Annual report of the Punjab Veterinary College and of the Civil Veterinary Department, Punjab - 1894-1908
Year: 1894
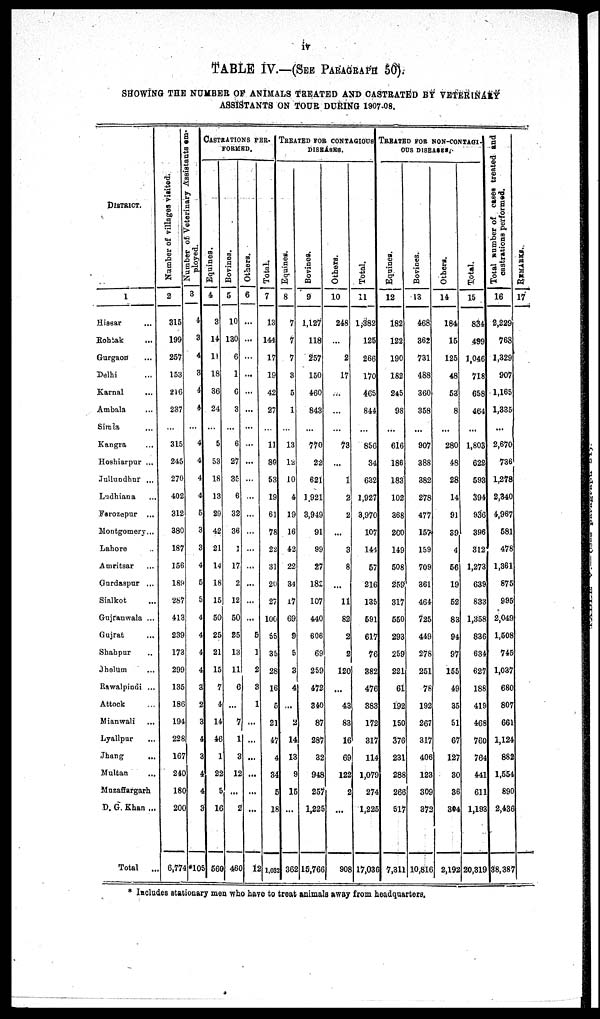
iv
TABLE IV.—(SEE PARAGRAPH 50).
SHOWING THE NUMBER OF ANIMALS TREATED AND CASTRATED BY VETERINARY
ASSISTANTS ON TOUR DURING 1907-08.
DISTRICT.
1
Hissar ...
Rohtak ...
Gurgaon ...
Delhi ...
Karnal ...
Ambala ...
Simla ...
Kangra ...
Hoshiarpur ...
Jullundhur ...
Ludhiana ...
Farozepur ...
Montgomery...
Lahore ...
Amritsar ...
Gurdaspur ...
Sialkot ...
Gujranwala ...
Gujrat ...
Shahpur ...
Jhelum ...
Rawalpindi ...
Attock ...
Mianwali ...
Lyallpur ...
Jhang ...
Multan ...
Muzaffargarh ...
D. G. Khan ...
Total
..
Number of villages visited.
2
315
199
257
153
216
237
...
315
245
270
402
312
380
187
156
189
287
413
239
173
299
135
186
194
228
167
240
18
200
6,774
Number of veterinary Assitants em-
ployed.
3
4
3
4
3
4
4
...
4
4
4
4
5
3
3
4
5
5
4
4
4
4
3
2
3
4
3
4
4
3
*105
CASTRATION
PER.
FORMED.
Equines.
4
3
14
11
18
36
24
...
5
53
18
13
29
42
21
14
18
15
50
25
21
15
7
4
14
46
1
22
5
16
5 56
Bovines.
5
10
130
6
1
6
3
...
6
27
35
6
32
36
...
17
2
12
50
25
13
11
6
...
7
1
3
12
...
2
460
Others.
6
...
...
...
...
...
...
...
...
...
...
...
...
...
...
...
...
...
...
5
1
2
3
1
...
...
...
...
...
...
12
Total.
7
13
144
17
19
42
27
...
11
80
53
19
61
78
22
31
20
27
100
65
35
28
16
5
21
47
4
34
...
18
1,032
TREATED FOR CONTAGIOUS
DISEASE.
Equines.
8
7
7
7
3
5
1
...
13
12
10
4
19
16
42
22
34
17
69
9
5
3
4
...
2
14
13
9
15
...
362
Bovines.
9
1,127
118
257
150
460
843
...
770
22
621
1,921
3,949
91
99
27
182
107
440
606
69
259
472
340
87
287
32
948
257
1,225
15,766
Others.
10
248
...
2
17
...
...
...
73
...
1
2
2
...
3
8
...
11
82
2
2
120
...
43
83
16
69
122
2
...
908
Total.
11
1,382
125
266
170
465
844
...
856
34
632
1,927
3,970
107
144
57
216
135
691
617
76
382
476
383
172
317
114
1,079
274
1,225
17,036
TREATED FOR NON-CONTAGIOUS-
OUS DISEASES.
Equines.
12
182
122
190
182
245
98
...
616
186
183
102
368
200
149
508
259
317
550
293
259
221
61
192
150
376
231
288
266
517
7,311
Bovines.
13
468
362
731
488
360
358
...
907
388
382
278
477
157
159
709
361
464
725
449
278
251
78
192
267
317
406
12S
309
372
10,816
Others.
14
184
15
125
48
53
8
...
280
48
28
14
91
39
4
56
19
52
83
94
97
155
49
35
51
67
127
30
36
304
2,192
Total.
15
834
499
1,046
718
658
464
...
1,803
622
593
394
936
396
312
1,273
639
833
1,358
836
634
627
188
419
468
760
764
441
611
1,193
5 20,319
Total number of cases treated and
castrations performed.
16
2,229
768
1,329
907
1,165
1,335
...
2,670
736
1,278
2,340
4,967
581
478
1,361
875
995
2,049
1,508
745
1,037
680
807
661
1,124
882
1,554
890
2,436
38,387
RE MARKS .
17
7
* Includes stationary men who have to treat animals away from headquarters.